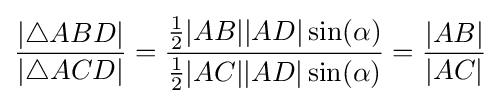
{\frac {|\triangle ABD|}{|\triangle ACD|}}={\frac {{\frac {1}{2}}|AB||AD|\sin(\alpha )}{{\frac {1}{2}}|AC||AD|\sin(\alpha )}}={\frac {|AB|}{|AC|}}